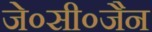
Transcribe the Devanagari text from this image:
जे०सी०जैन